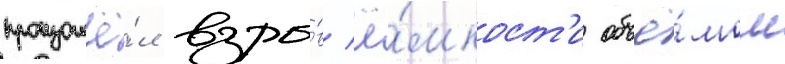
произошё́л взры́в ё́мкост'и объё́мом